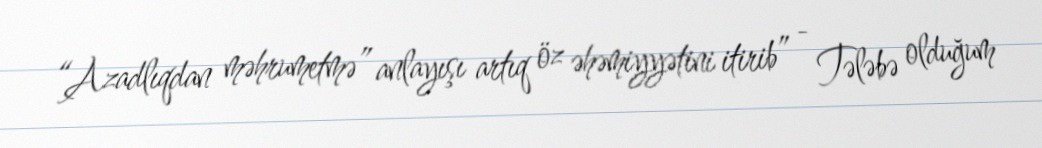
“Azadlıqdan məhrumetmə” anlayışı artıq öz əhəmiyyətini itirib” - Tələbə olduğum